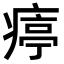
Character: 𤸥